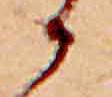
か